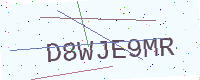
Text: D8WJE9MR